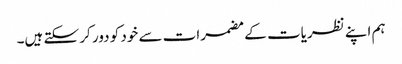
ہم اپنے نظریات کے مضمرات سے خود کو دور کر سکتے ہیں۔